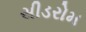
સીડરોમ